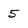
Character: 5